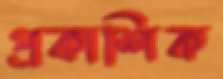
প্রকাশিক